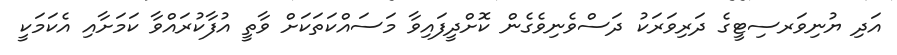
އަދި ޔުނިވަރސިޓީގެ ދަރިވަރަކު ދަސްވެނިވެގެން ކޮށްދީފައިވާ މަސައްކަތަކަށް ވާތީ އުފާކުރައްވާ ކަމަށާއި އެކަމަކީ